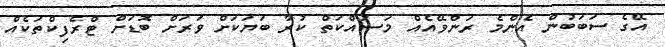
އޭގެ ސަބަބުން އެންމެ ރަންވޭއެއް މަސައްކަތް ކުރާ ބަޔަކަށް ވަރަށް ބޮޑަށް ޓްރެފިކްތަކެއް